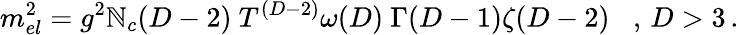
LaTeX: m_{el}^{2}=g^{2}\mathbb{N}_{c}(D-2)\ T^{(D-2)}\omega(D)\ \Gamma(D-1)\zeta(D-2)\; \; \; ,\, D>3\, .